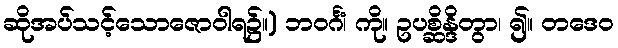
ဆိုအပ်သင့်သောဇောဝါရ၌။) ဘဝင်္ဂံ၊ ကို။ ဥပစ္ဆိန္ဒိတွာ၊ ၍။ တဒေဝ